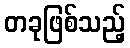
တခုဖြစ်သည့်